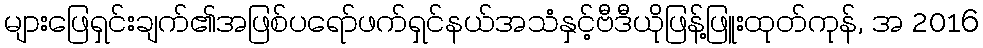
များဖြေရှင်းချက်၏အဖြစ်ပရော်ဖက်ရှင်နယ်အသံနှင့်ဗီဒီယိုဖြန့်ဖြူးထုတ်ကုန်, အ 2016